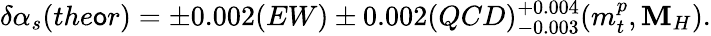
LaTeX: \delta\alpha_{s}(the\mathsf{o}r)=\pm0.002(EW)\pm0.002(QCD)_{-0.003}^{+0.004}(m_{t}^{p},\mathbf{M}_{H}).